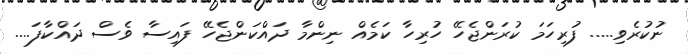
ނުކުރެވި..... ފުރިހަމަ ކުރަންޖެހޭ ހުރިހާ ކަމެއް ނިންމާ ދައްކަންޖެހޭ ފައިސާ ވެސް ދައްްކާފަ....